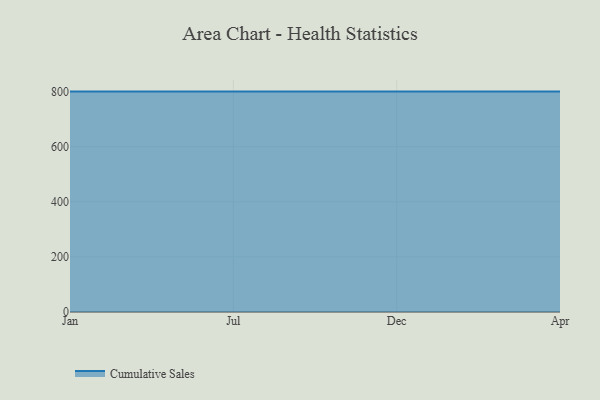
{"axis": {"x": "Month", "y": "Conversion Rate (%)"}, "legend": ["Cumulative Sales"], "data": [{"x": "Jan", "y": 800, "type": "Cumulative Sales"}, {"x": "Jul", "y": 800, "type": "Cumulative Sales"}, {"x": "Dec", "y": 800, "type": "Cumulative Sales"}, {"x": "Apr", "y": 800, "type": "Cumulative Sales"}]}